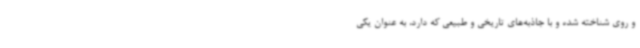
و روی شناخته شده و با جاذبه‌های تاریخی و طبیعی که دارد، به عنوان یکی